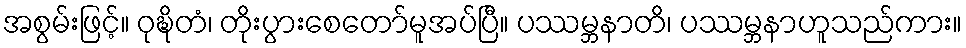
အစွမ်းဖြင့်။ ဝုဍ္ဎိတံ၊ တိုးပွားစေတော်မူအပ်ပြီ။ ပဿမ္ဘနာတိ၊ ပဿမ္ဘနာဟူသည်ကား။